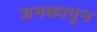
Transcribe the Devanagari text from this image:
जनकानून